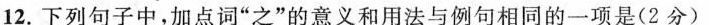
12.下列句子中，加点词”之”的意义和用法与例句相同的一项是(2分)